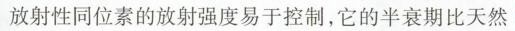
放射性同位素的放射强度易于控制，它的半衰期比天然